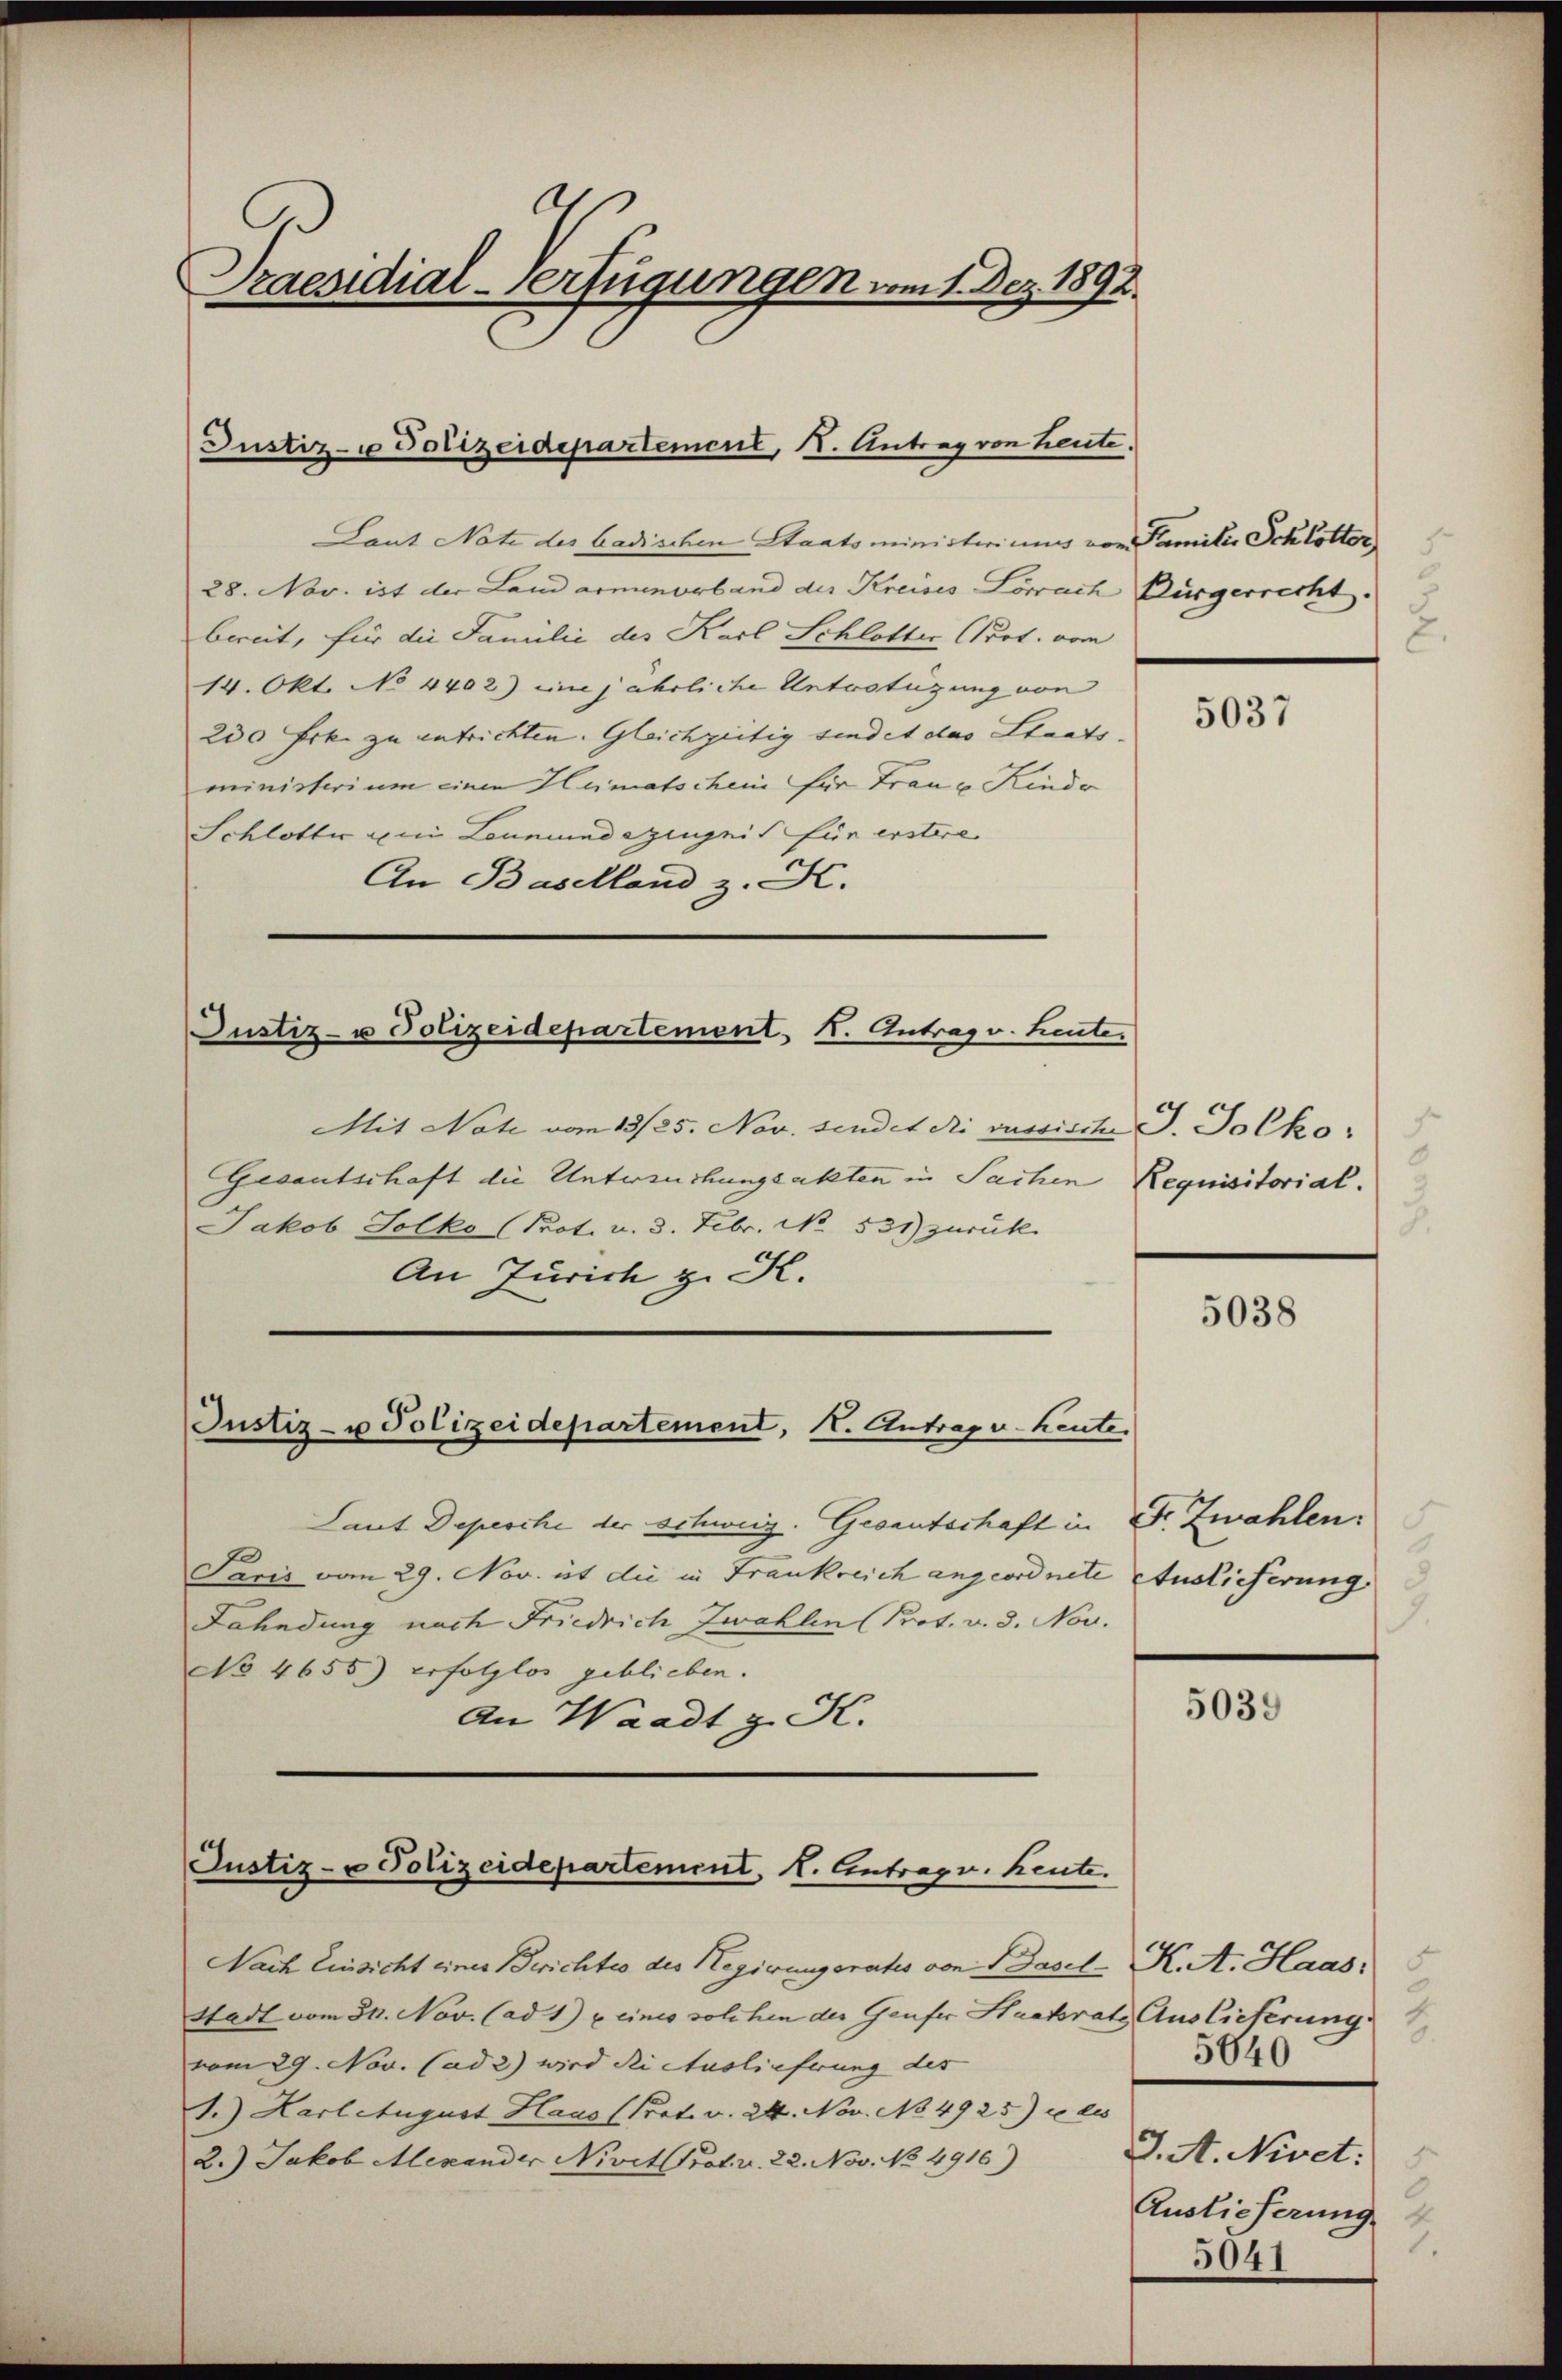
Ah
Praesidial-Verfügungen vom 1. Dez. 1892.

Laut Notz des badischen Staatsministeriums von Familie Schlötter
28. Nov. ist der Landarminorband der Kreises Lörrach Bürgerrecht.
bereit, für die Familie des Karl Schlotter Prot. vom
14. Okt. No 4402) eine jährliche Unterstüzung von
230 Frk. zu entrichten. Gleichzeitig sindet das Staats-
ministerium einen Heimatschein für Traue Kinde
Schlotter zur Leumund Zeugnis für erstere
An Baselland z. K.

Justiz- u Polizeidepartement, I. Antrag von heute.

Justiz- u Polizeidepartement, I. Antrag v. heute.

Justiz- u Polizeidepartement, I. Antrag v. heute.

Justiz- u Polizeidepartement. I. Antrag v. heute.

Nach Einsicht einer Berichtes des Regierungsrates von Basel-K. A. Haas,
Stadt vom 31. Nov. (ad 1) u. eines solchen der Genfer Hackrats Auslieferung
vom 29. Nov. (ad 2) wird die Auslieferung des
1.) Hartetugust Haus (Prat. v. 24. Nov. No 4925) u. des
2.) Jakob Mexander Nivet Prot. v. 22. Nov. No. 4916)

Mit Note vom 13/25. Nov. sendet di vassische J. Jolko
Gesantschaft die Untersuchungsakten in Sachen Requisitorial.
Jakob Solko (Prot. u. 3. Febr. No. 531) zurück
An Zürich z. K.

Laut Depesche der schweiz. Gesantschaft in Dr. Zwahlen.
Paris vom 29. Nov. ist die in Frankreich angeordnete Auslieferung.
Fahndung nach Friedrich Zwahlen (Prot. v. 3. Nov.
No 4655.) erfolglos geblieben.
An Waadt z. K.

2

5037

2.

5038

5
3.

5039

.
5640
J. A. Nivet.
d
Auslieferung.
1.
5041